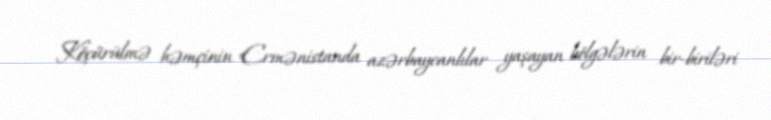
Köçürülmə həmçinin Ermənistanda azərbaycanlılar yaşayan bölgələrin bir-biriləri